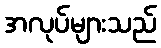
အလုပ်များသည်